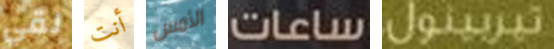
لقي أنت الأمس ساعات تيربينول